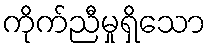
ကိုက်ညီမှုရှိသော